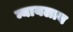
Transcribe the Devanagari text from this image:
न्यायलाय